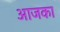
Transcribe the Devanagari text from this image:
आजका